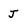
Character: J